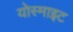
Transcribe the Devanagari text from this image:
योस्माइट